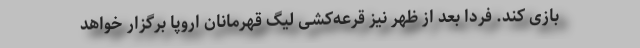
بازی کند. فردا بعد از ظهر نیز قرعه‌کشی لیگ قهرمانان اروپا برگزار خواهد